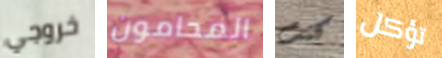
خروجي المحامون كنت تؤكل